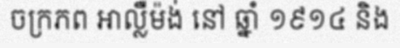
ចក្រភព អាល្លឺម៉ង់ នៅ ឆ្នាំ ១៩១៤ និង